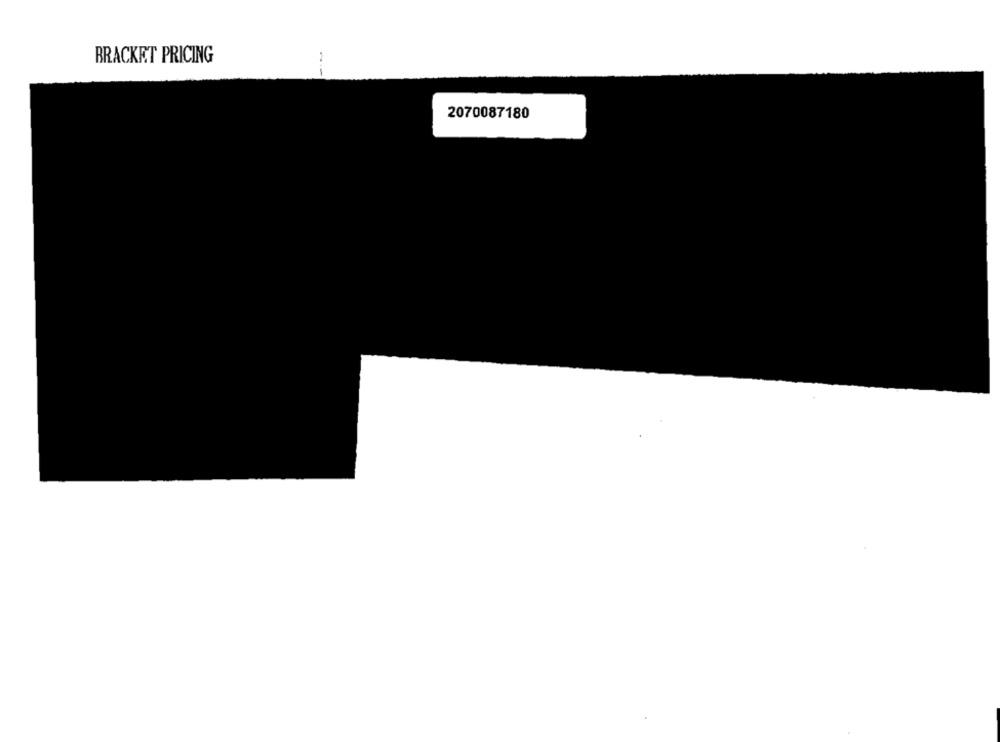
BRACKET PRICING
1
1
2070087180